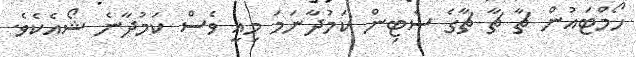
ހޯމްޓައުން ޗާ ޗާ ޗާގެ ސެޓިން ކަމުދާނަމަ މިއީ ވެސް ކަމުދާނެ ޝޯއެކެވެ.